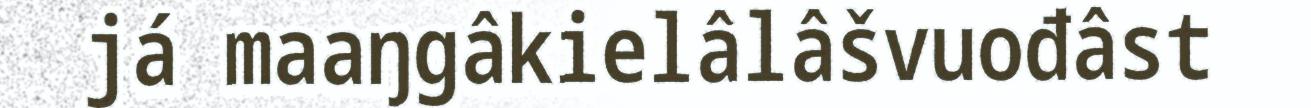
já maaŋgâkielâlâšvuođâst